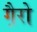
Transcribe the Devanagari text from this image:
गै़रो